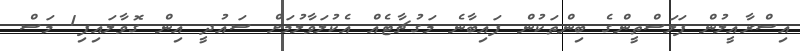
އިސްރާއީލުން ފަލަސްތީންގެ ބިންތަކުން ފައިބާނެ މަގުޗާޓެއް އެކުލަވާލުމަށް ސައުދީ އިން ގޮވާލައިފި1 މަސް